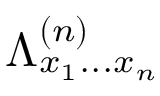
\Lambda _ { x _ { 1 } . . . x _ { n } } ^ { ( n ) }